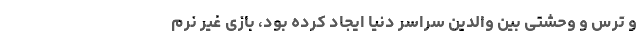
و ترس و وحشتی بین والدین سراسر دنیا ایجاد کرده بود، بازی غیر نرم‌